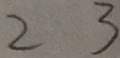
2 3